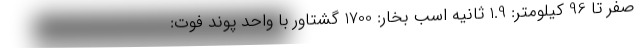
صفر تا 96 کیلومتر: 1.9 ثانیه اسب بخار: 1700 گشتاور با واحد پوند فوت: